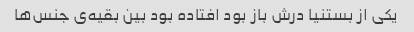
یکی از بستنیا درش باز بود افتاده بود بین بقیه‌ی جنس‌ها